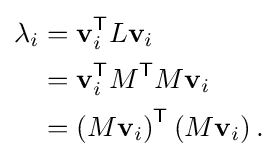
{\begin{aligned}\lambda _{i}&=\mathbf {v} _{i}^{\textsf {T}}L\mathbf {v} _{i}\\&=\mathbf {v} _{i}^{\textsf {T}}M^{\textsf {T}}M\mathbf {v} _{i}\\&=\left(M\mathbf {v} _{i}\right)^{\textsf {T}}\left(M\mathbf {v} _{i}\right).\\\end{aligned}}